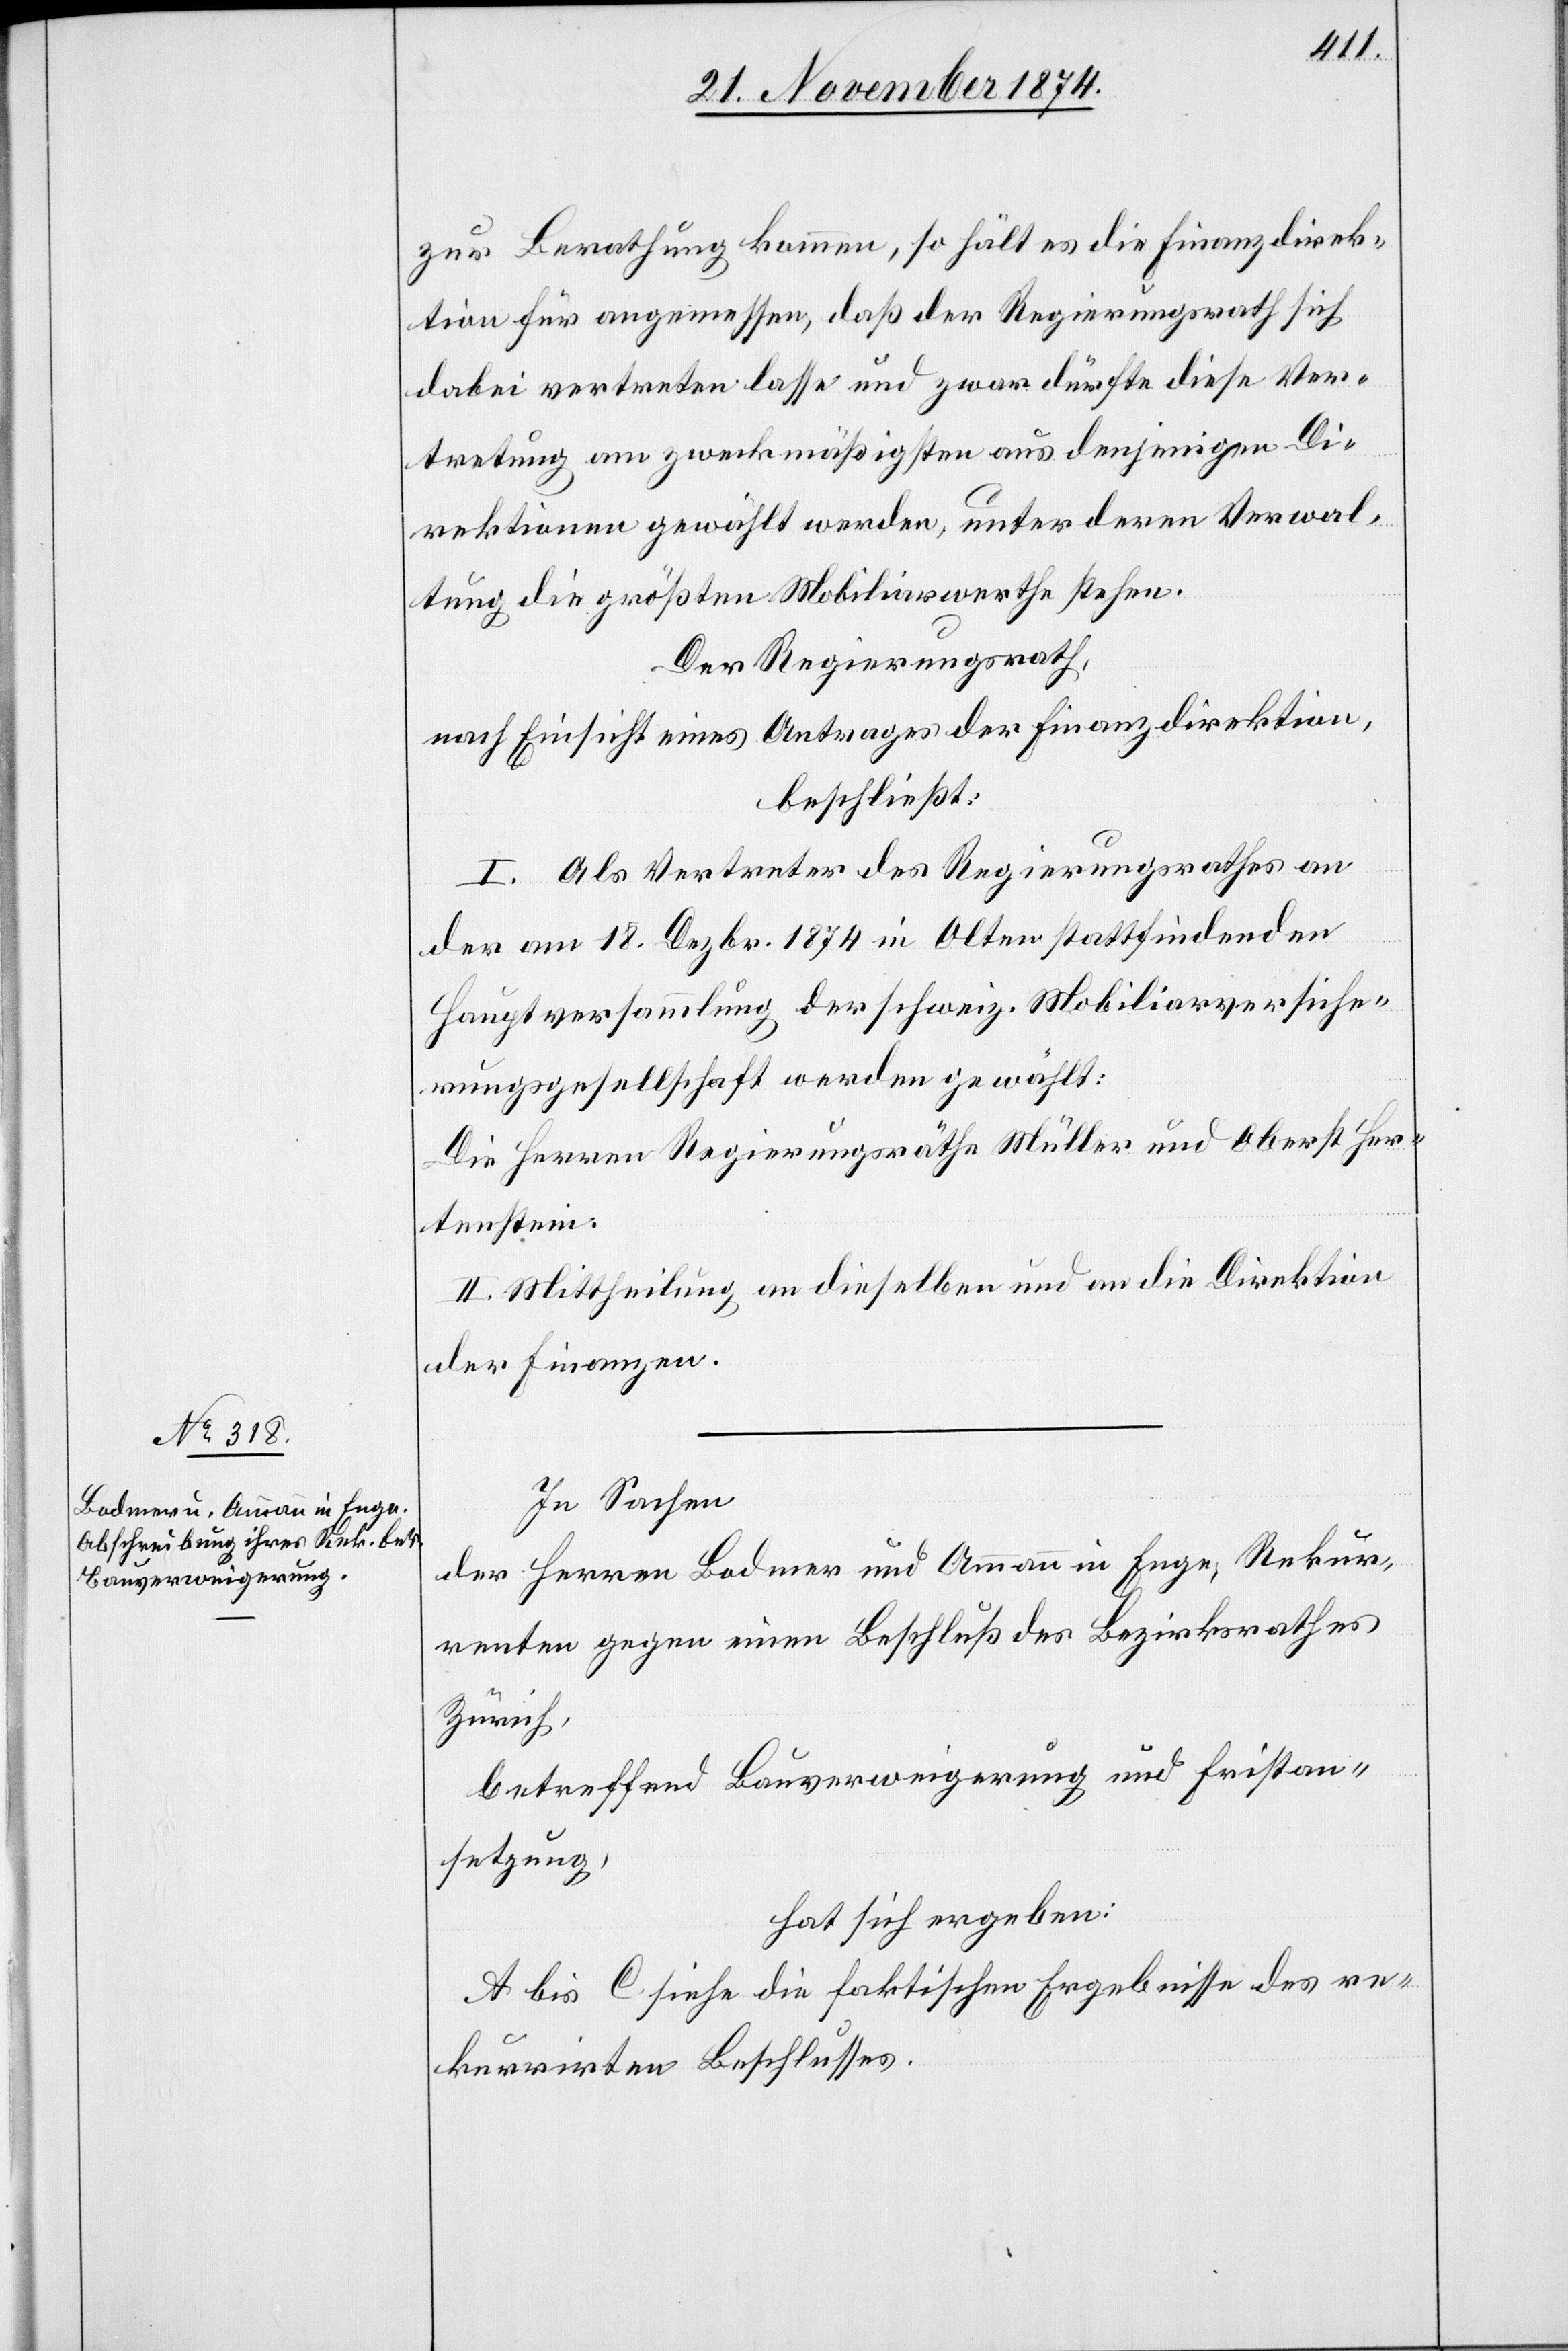
zur Berathung kommen, so hält es die Finanzdirek¬
tion für angemessen, daß der Regierungsrath sich
dabei vertreten lasse und zwar dürfte diese Ver¬
tretung am zweckmäßigsten aus denjenigen Di¬
rektionen gewählt werden, unter deren Verwal¬
tung die größten Mobiliarwerthe stehen.
Der Regierungsrath,
nach Einsicht eines Antrages der Finanzdirektion,
beschließt:
I. Als Vertreter des Regierungsrathes an
der am 18. Dezbr. 1874 in Olten stattfindenden
Hauptversammlung der schweiz. Mobiliarversiche¬
rungsgesellschaft werden gewählt:
Die Herren Regierungsräthe Müller und Oberst Her¬
tenstein.
II. Mittheilung an dieselben und an die Direktion
der Finanzen.
In Sachen
der Herren Bodmer und Ammann in Enge, Rekur¬
renten gegen einen Beschluß des Bezirksrathes
Zürich,
betreffend Bauverweigerung und Fristen¬
setzung,
hat sich ergeben:
A bis C siehe die faktischen Ergebnisse des re¬
kurrirten Beschlusses.